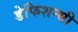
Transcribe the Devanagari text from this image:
डेफिशन्सी